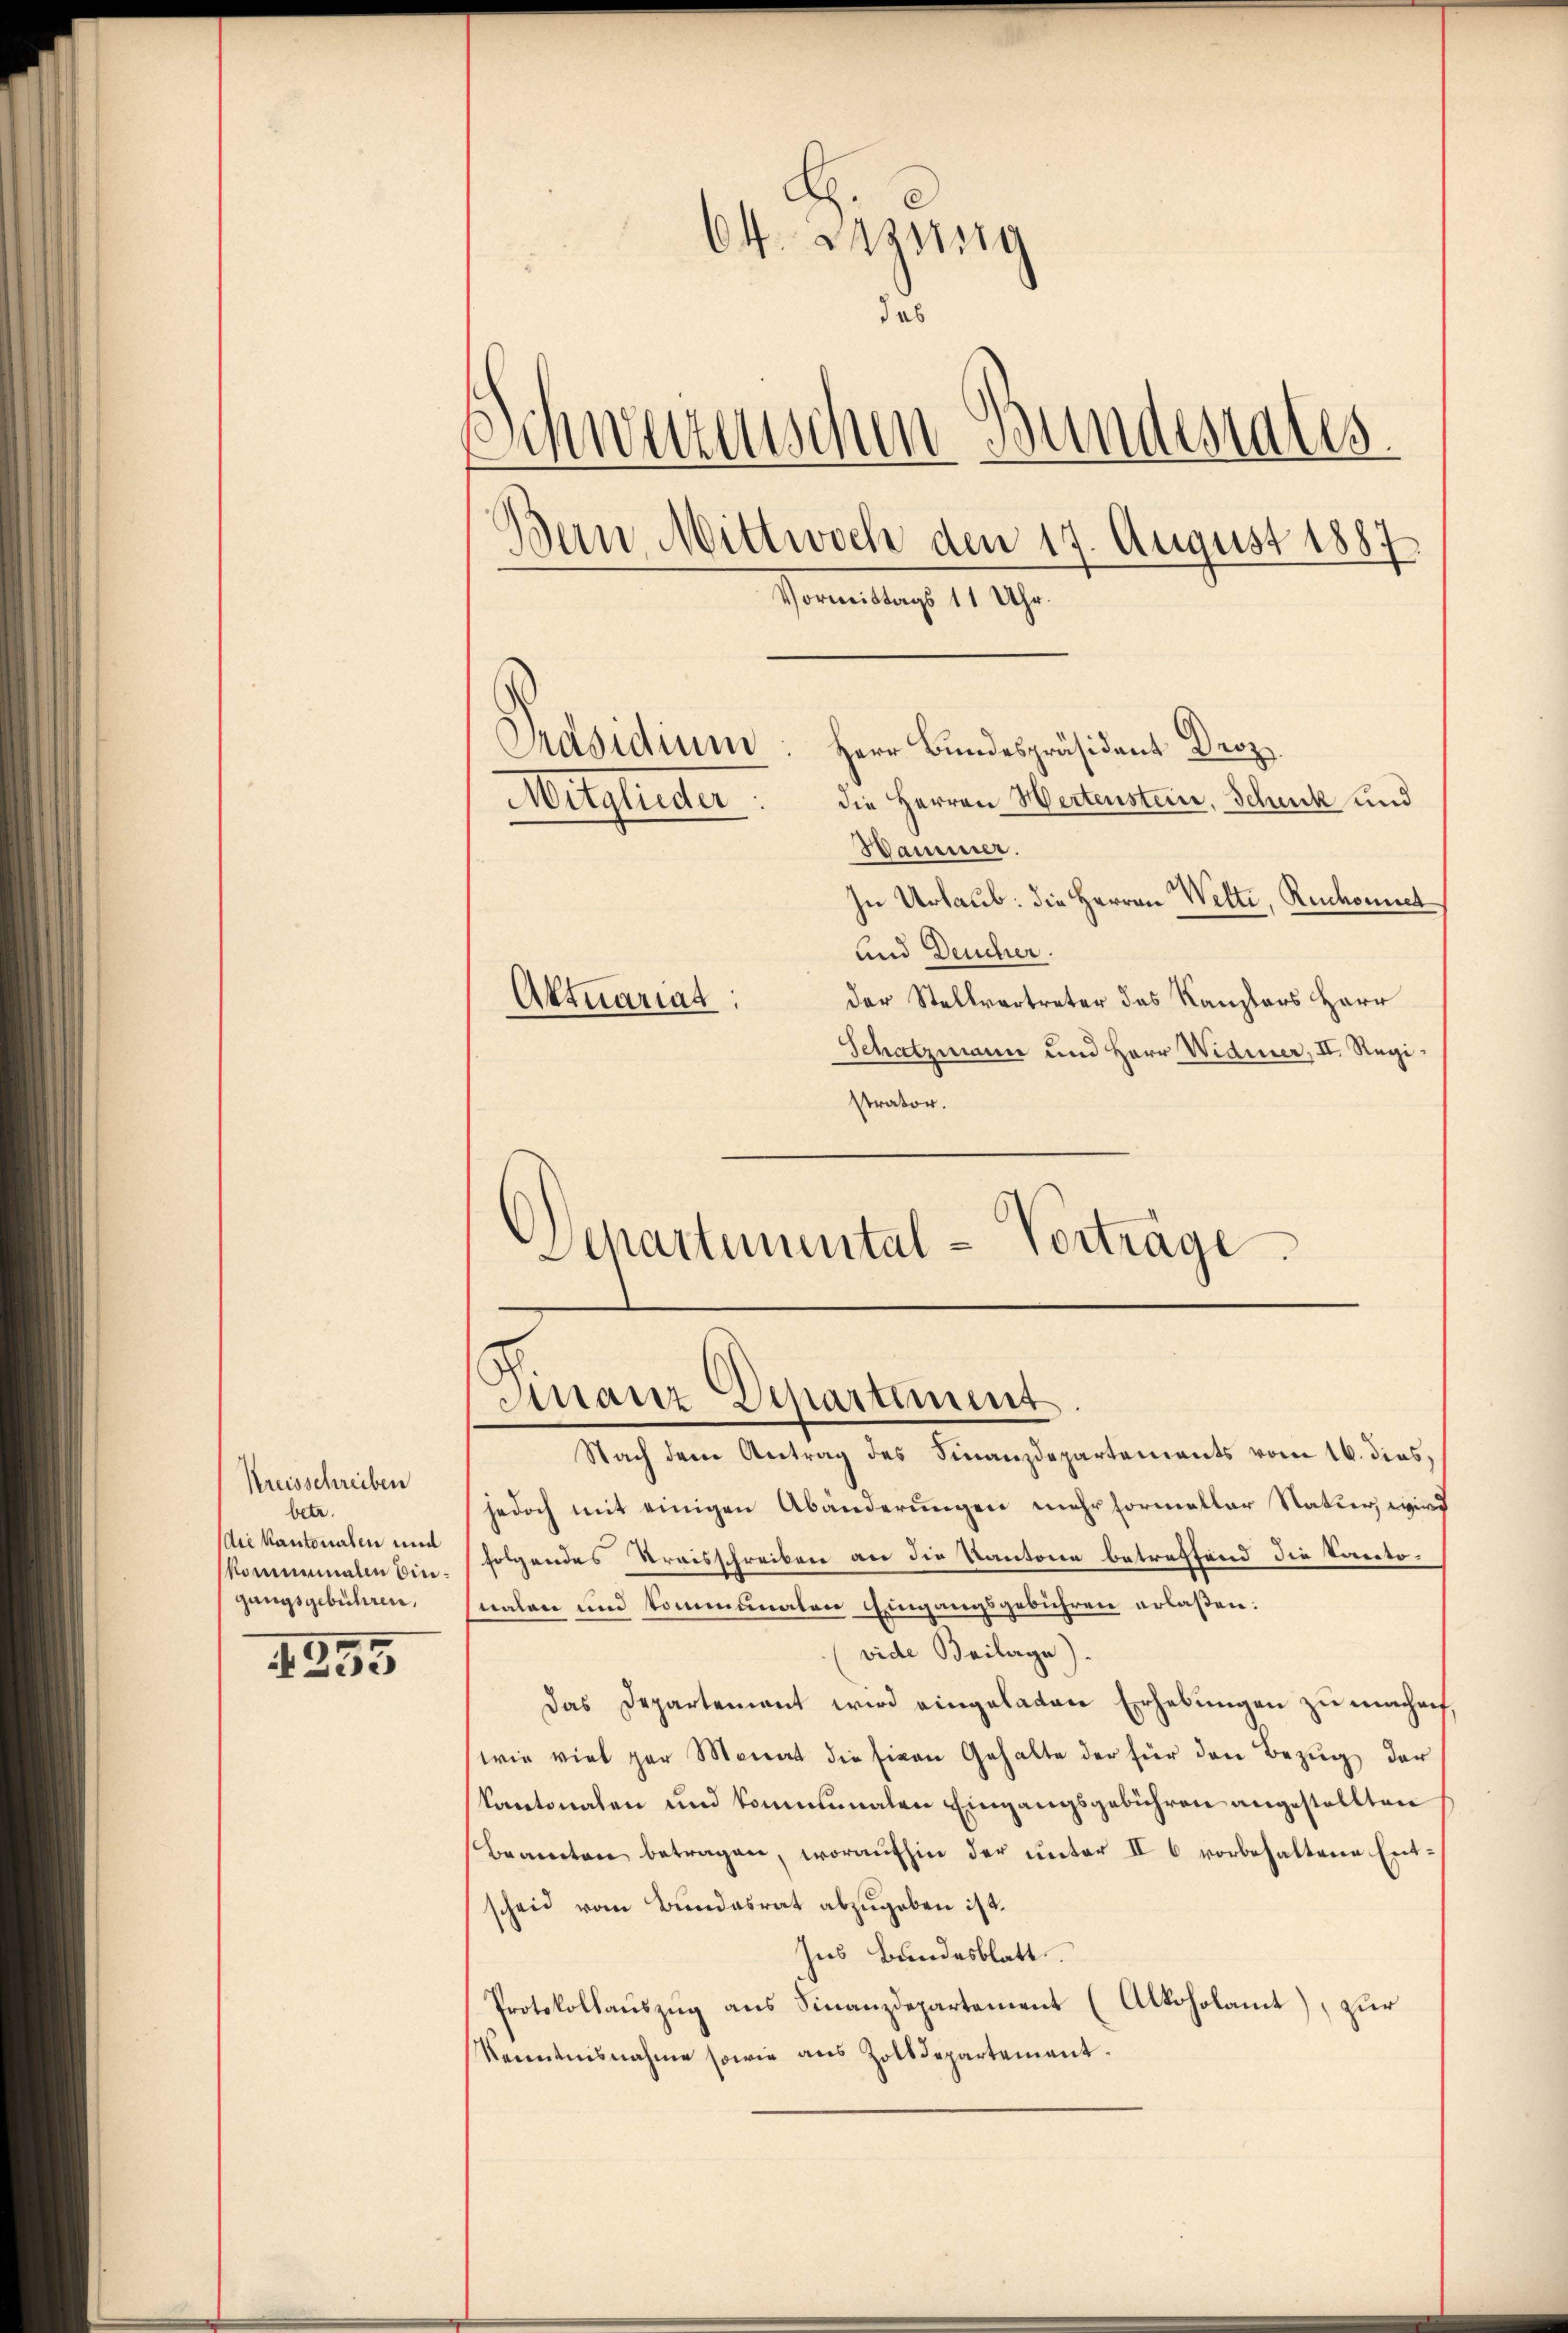
Kreisschreiben
betr.
die Kantonalen und
kommennalen bingungsgebühren.

255

E
64. Lesung
das
Schweizenschen Bundesrates
Bern Mittwoch den 17. August 1887
Vormittags 11 Uhr.
Präsidium
Herr Bundespräsident Droz.
Mitglieder. Die Herren Hertenstein, Schuck und
Wammer.

In Urlaub: die Herren Welti, Ruchonnet
und Deucher.
der Stellvertreter das Kanzlers Herr
Schatzmann und Herr Widmer, II. Registrator.
Separtemental-Vorträge

Aktuariat.

Finanz-Departiment

Nach dem Antrag des Finanzdepartements vom 16. dies,
jedoch mit einigen Abänderungen mehr formaller Natur, wird
folgendes Kreisschreiben an die Kantonen betreffend die Kantonalen und Communalen Eingangsgebühren erlaßen:
vide Beilage)
Das Departement wird eingelaten Erhebungen zu machen,
wie viel gar Monat die siven Gehalte der für den Bezug der
kantonalen und kommunalen Eingangsgebühren angestellten
Beamten betragen, woraufhin der ŭnter II 6 vorbehaltene Ent-
scheid vom Bundesrat abzugeben ist.
Ins Bundesblatt
Protokollauszug aus Finanzdepartement (Alkoholamt), zur
Kenntnisnahme sowie aus Zolldepartement.